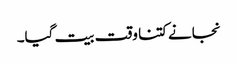
نجانے کتنا وقت بیت گیا۔